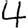
Digit: 4